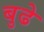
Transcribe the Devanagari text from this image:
बुढे